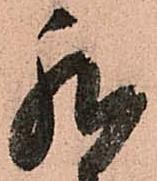
我